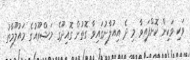
ވަކި ވަކިން ކޮށްފައިވާ މި ދެ އިއުލާނުގައިވާ ގޮތުން ގޮއިދޫގެ މަޝްރޫއުގެ މައުލޫމާތު